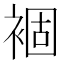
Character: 𧛂